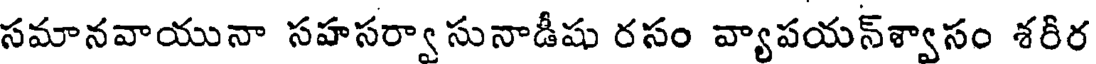
సమానవాయునా సహసర్వాసునాడీషు రసం వ్యాపయన్శ్వాసం శరిర